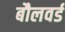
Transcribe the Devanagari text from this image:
बौलवर्ड